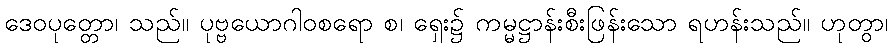
ဒေဝပုတ္တော၊ သည်။ ပုဗ္ဗယောဂါဝစရော စ၊ ရှေး၌ ကမ္မဋ္ဌာန်းစီးဖြန်းသော ရဟန်းသည်။ ဟုတွာ၊